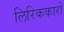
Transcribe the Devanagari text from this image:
लिरिककारों